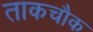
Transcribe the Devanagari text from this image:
ताकचौक